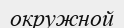
окружной